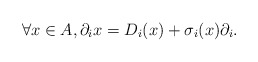
\begin{align*} \forall x \in A, \partial_{i} x = D_{i}(x) + \sigma_{i}(x) \partial_{i}.\end{align*}